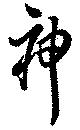
神